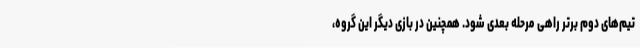
تیم‌های دوم برتر راهی مرحله بعدی شود. همچنین در بازی دیگر این گروه،